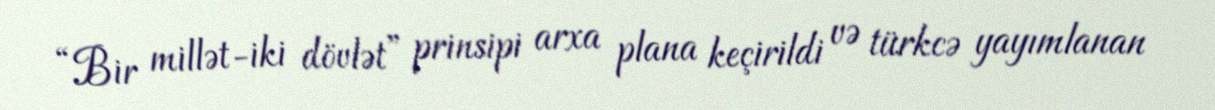
“Bir millət-iki dövlət” prinsipi arxa plana keçirildi və türkcə yayımlanan